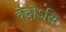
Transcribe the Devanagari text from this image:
वेदोऽसि